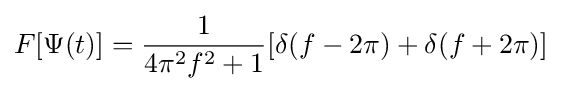
F[\Psi (t)]={1 \over {4\pi ^{2}f^{2}+1}}[\delta (f-2\pi )+\delta (f+2\pi )]